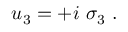
u _ { 3 } = + i \ \sigma _ { 3 } ~ .